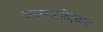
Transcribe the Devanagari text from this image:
मार्गशीर्षात